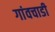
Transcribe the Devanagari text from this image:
गांवचाडी